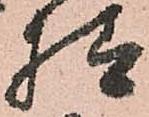
様